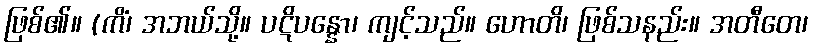
ဖြစ်၏။ (ကိံ၊ အဘယ်သို့။ ပဋိပန္နော၊ ကျင့်သည်။ ဟောတိ၊ ဖြစ်သနည်း။ အတီတေ၊